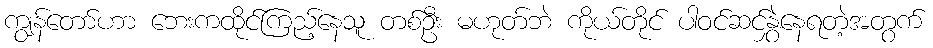
ကျွန်တော်ဟာ ဘေးကထိုင်ကြည့်နေသူ တစ်ဦး မဟုတ်ဘဲ ကိုယ်တိုင် ပါဝင်ဆင်နွှဲနေရတဲ့အတွက်